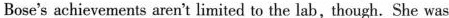
Bose's schievements aren't limited to the lab, though. She was